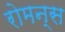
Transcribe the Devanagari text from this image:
रोमन्स